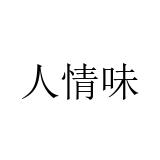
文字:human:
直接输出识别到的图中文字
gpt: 人情味